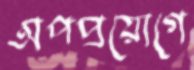
অপপ্রয়োগে